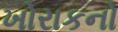
ખોરાકનો